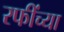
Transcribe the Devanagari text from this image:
रफींच्या